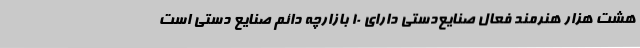
هشت هزار هنرمند فعال صنایع‌دستی دارای 10 بازارچه دائم صنایع دستی است